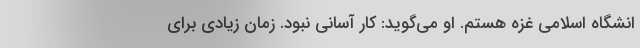
انشگاه اسلامی غزه هستم. او می‌گوید: کار آسانی نبود. زمان زیادی برای